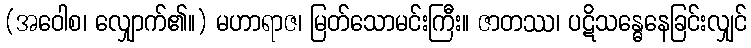
(အဝေါစ၊ လျှောက်၏။) မဟာရာဇ၊ မြတ်သောမင်းကြီး။ ဇာတဿ၊ ပဋိသန္ဓေနေခြင်းလျှင်